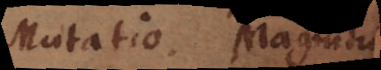
Mutatio. Magnitudo.